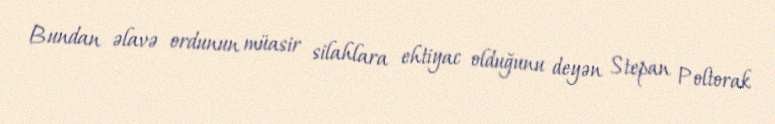
Bundan əlavə ordunun müasir silahlara ehtiyac olduğunu deyən Stepan Poltorak